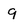
Character: 9